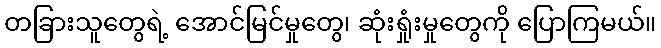
တခြားသူတွေရဲ့ အောင်မြင်မှုတွေ၊ ဆုံးရှုံးမှုတွေကို ပြောကြမယ်။